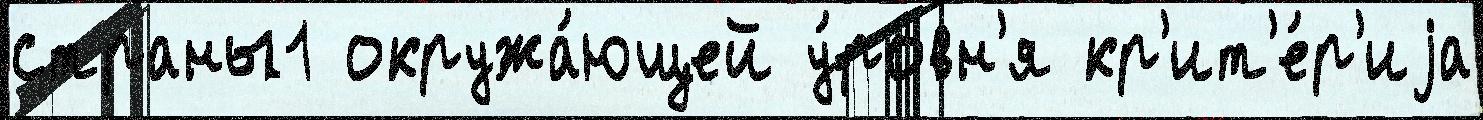
страны1 окружа́ющей у́ровн'я кр'ит'е́р'иjа